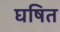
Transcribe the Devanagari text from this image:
घषित